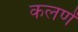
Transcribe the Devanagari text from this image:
कलणें